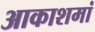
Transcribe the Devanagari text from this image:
आकाशमां